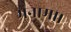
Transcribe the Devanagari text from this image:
मनामा।